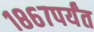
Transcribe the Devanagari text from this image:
१८६७पर्यंत